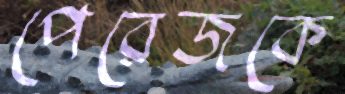
পেরেজকে